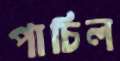
পাচিল